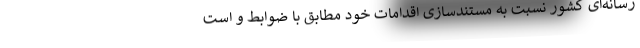
رسانه­‌ای کشور نسبت به مستندسازی اقدامات خود مطابق با ضوابط و است